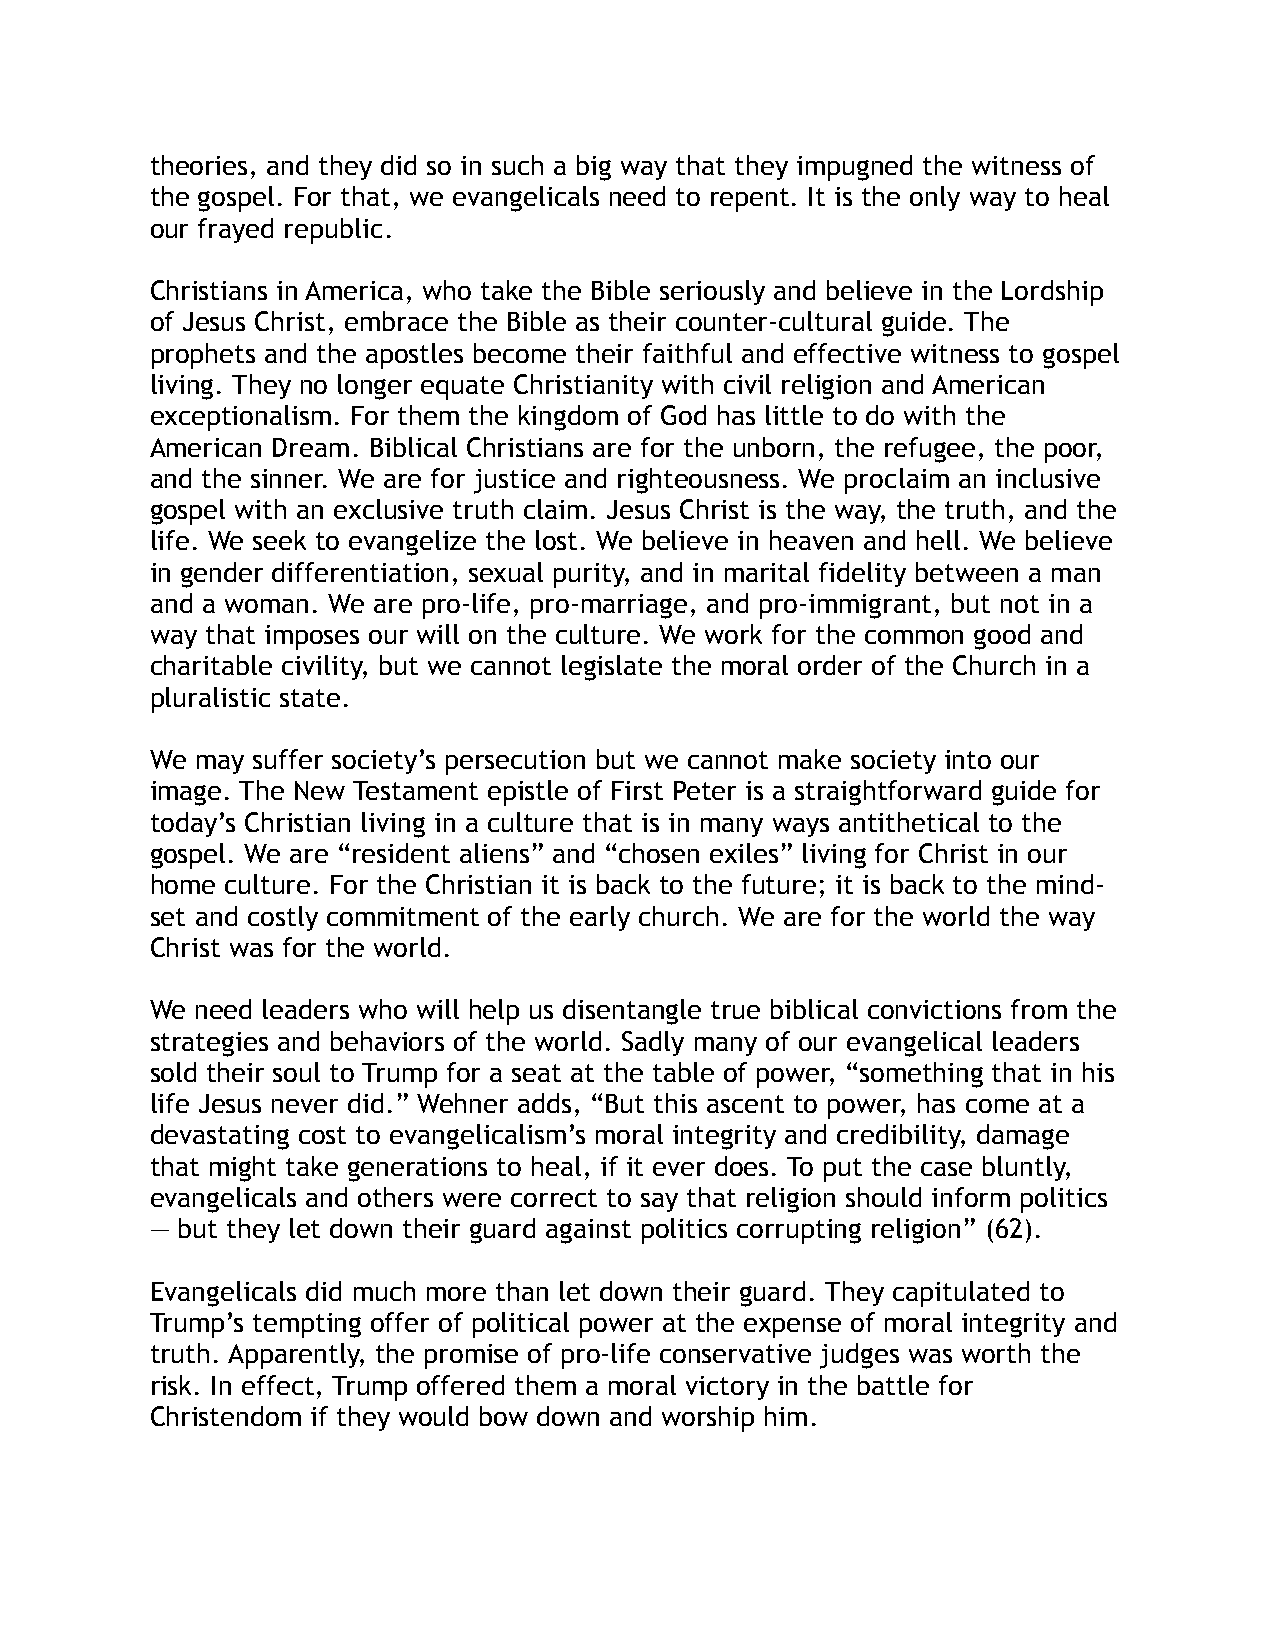
theories, and they did so in such a big way that they impugned the witness of
 the gospel. For that, we evangelicals need to repent. It is the only way to heal
 our frayed republic.
 Christians in America, who take the Bible seriously and believe in the Lordship
 of Jesus Christ, embrace the Bible as their counter-cultural guide. The
 prophets and the apostles become their faithful and effective witness to gospel
 living. They no longer equate Christianity with civil religion and American
 exceptionalism. For them the kingdom of God has little to do with the
 American Dream. Biblical Christians are for the unborn, the refugee, the poor,
 and the sinner. We are for justice and righteousness. We proclaim an inclusive
 gospel with an exclusive truth claim. Jesus Christ is the way, the truth, and the
 life. We seek to evangelize the lost. We believe in heaven and hell. We believe
 in gender differentiation, sexual purity, and in marital fidelity between a man
 and a woman. We are pro-life, pro-marriage, and pro-immigrant, but not in a
 way that imposes our will on the culture. We work for the common good and
 charitable civility, but we cannot legislate the moral order of the Church in a
 pluralistic state.
 We may suffer society’s persecution but we cannot make society into our
 image. The New Testament epistle of First Peter is a straightforward guide for
 today’s Christian living in a culture that is in many ways antithetical to the
 gospel. We are “resident aliens” and “chosen exiles” living for Christ in our
 home culture. For the Christian it is back to the future; it is back to the mind-
 set and costly commitment of the early church. We are for the world the way
 Christ was for the world.
 We need leaders who will help us disentangle true biblical convictions from the
 strategies and behaviors of the world. Sadly many of our evangelical leaders
 sold their soul to Trump for a seat at the table of power, “something that in his
 life Jesus never did.” Wehner adds, “But this ascent to power, has come at a
 devastating cost to evangelicalism’s moral integrity and credibility, damage
 that might take generations to heal, if it ever does. To put the case bluntly,
 evangelicals and others were correct to say that religion should inform politics
 — but they let down their guard against politics corrupting religion” (62).
 Evangelicals did much more than let down their guard. They capitulated to
 Trump’s tempting offer of political power at the expense of moral integrity and
 truth. Apparently, the promise of pro-life conservative judges was worth the
 risk. In effect, Trump offered them a moral victory in the battle for
 Christendom if they would bow down and worship him.